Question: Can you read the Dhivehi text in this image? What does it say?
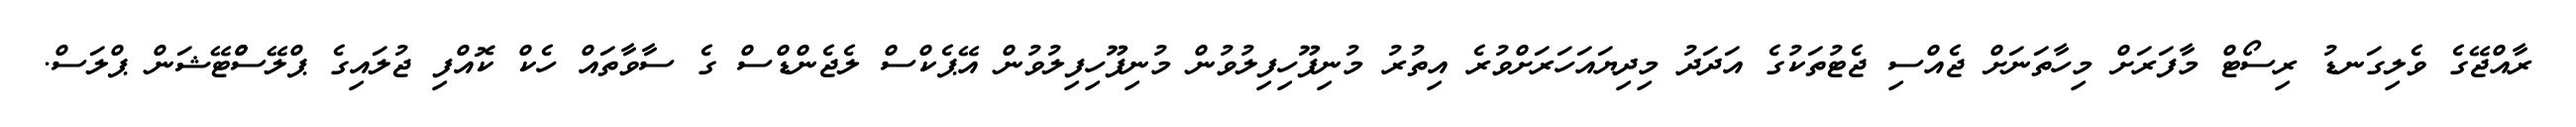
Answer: ރާއްޖޭގެ ވެލިގަނޑު ރިސޯޓް މާފަރަށް މިހާތަނަށް ޖެއްސި ޖެޓުތަކުގެ އަދަދު މިދިޔައަހަރަށްވުރެ އިތުރު މުނިފޫހިފިލުވުން މުނިފޫހިފިލުވުން އޭޕެކްސް ލެޖެންޑްސް ގެ ސާވާތައް ހެކް ކޮއްފި ޖުލައިގެ ޕްލޭސްްޓޭޝަން ޕްލަސް.